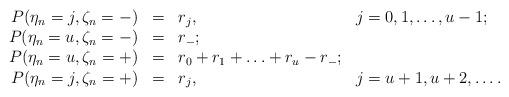
LaTeX: \begin{align*}\begin{array}{rcll}P(\eta_n=j, \zeta_n=-)&=&r_j,&j=0,1,\ldots,u-1;\\P(\eta_n=u, \zeta_n=-)&=&r_-;\\P(\eta_n=u, \zeta_n=+)&=&r_0+r_1+\ldots+r_u-r_-;\\P(\eta_n=j, \zeta_n=+)&=&r_j,&j=u+1,u+2,\ldots.\end{array}\end{align*}